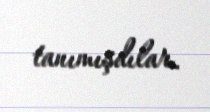
tanımışdılar.